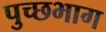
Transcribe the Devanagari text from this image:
पुच्छभाग